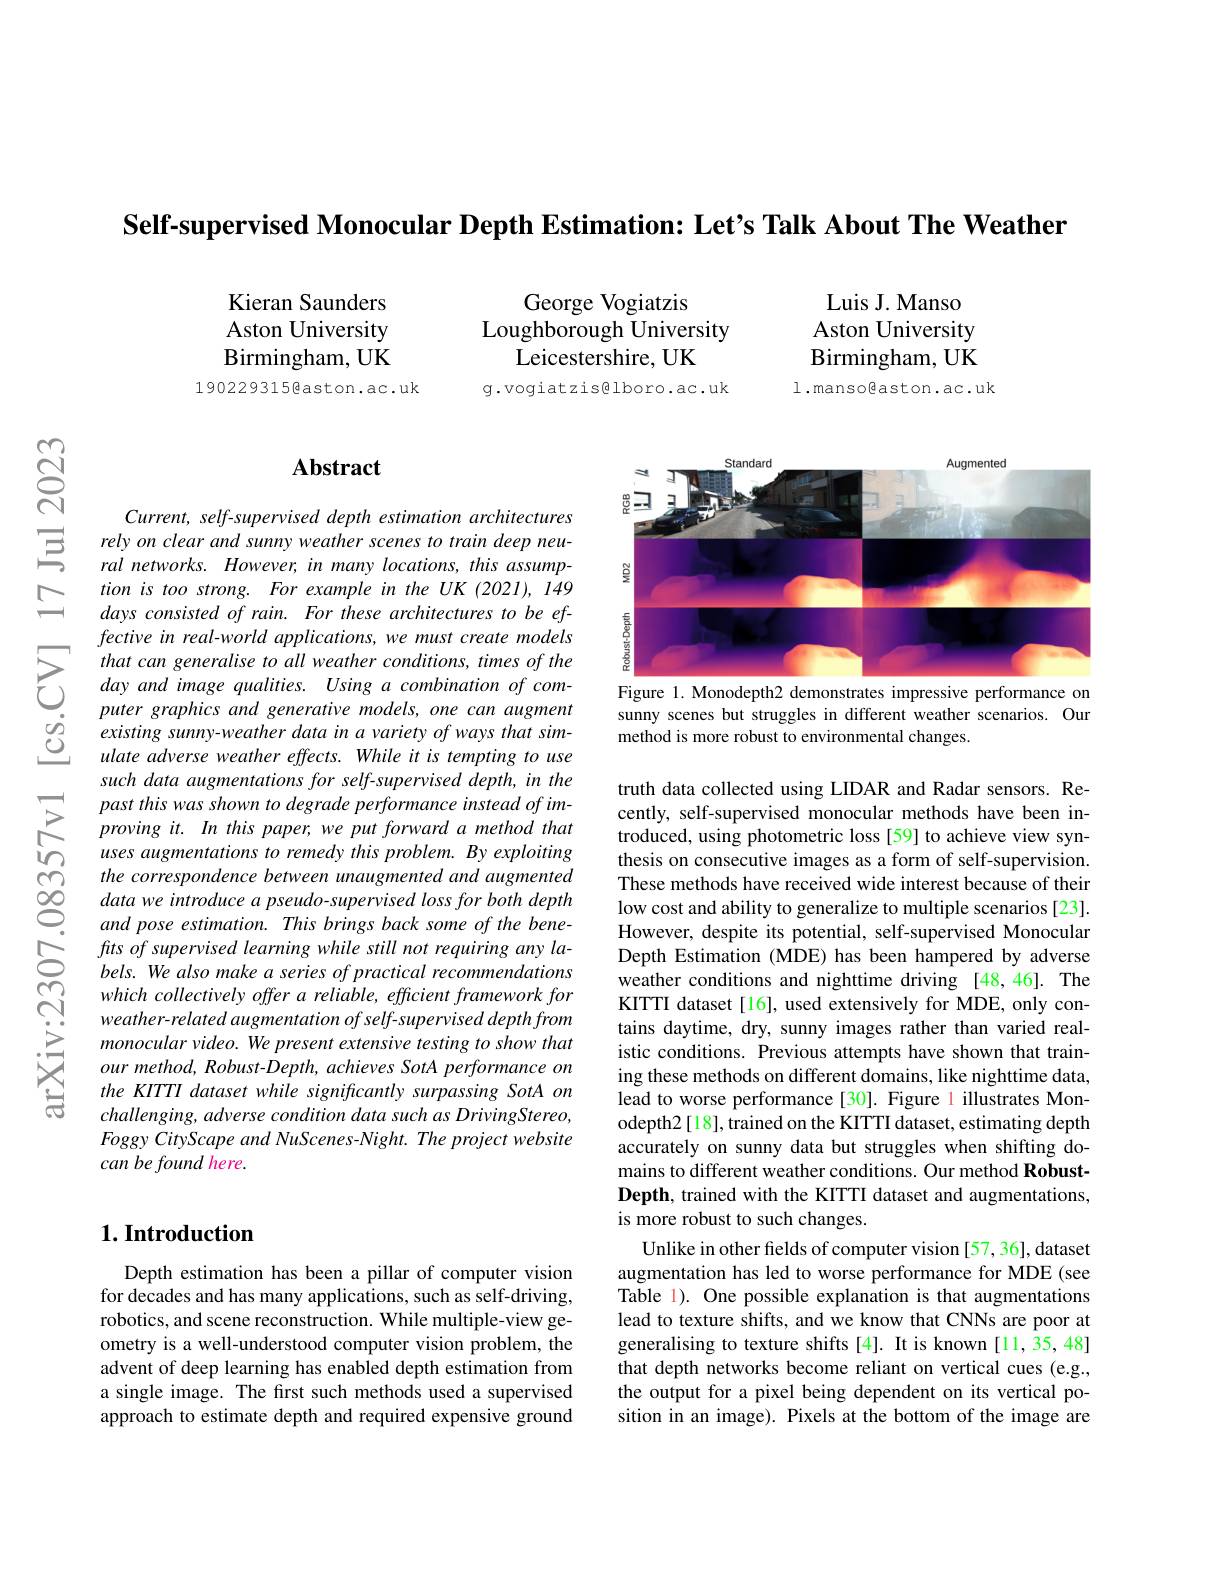
Self-supervised Monocular Depth Estimation: Let's Talk About The Weather

Luis J. Manso

Aston University

Kieran Saunders Aston University Birmingham, UK
190229315@aston.ac.uk

George Vogiatzis
Loughborough University
Leicestershire, UK
g.vogiatzis@lboro.ac.uk

Birmingham, UK

1.mansogaston.ac.uk

## Abstract

<FigureHere>
Figure 1. Monodepth2 demonstrates impressive performance on

sunny scenes but struggles in different weather scenarios. Our
method is more robust to environmental changes.

Current, self-supervised depth estimation architectures rely on clear and sunny weather scenes to train deep neural networks. However, in many locations, this assumption is too strong. For example in the UK (2021), 149 days consisted of rain. For these architectures to be effective in real-world applications, we must create models that can generalise to all weather conditions, times of the day and image qualities. Using a combination of computer graphics and generative models, one can augment existing sunny-weather data in a variety of ways that simulate adverse weather effects. While it is tempting to use such data augmentations for self-supervised depth, in the past this was shown to degrade performance instead of im- $provingit.In$ this paper, we put forward a method that uses augmentations to remedy this problem. By exploiting
fits of supervised learning while still not requiring any labels. We also make a series of practical recommendations which collectively offer a reliable, efficient framework for weather-related augmentation of self-supervised depth from monocular video. We present extensive testing to show that our method, Robust-Depth, achieves SotA performance on the KITTI dataset while significantly surpassing SotA on $challenging,adverse condition data such as DrivingStereo$, Foggy CityScape and NuScenes-Night. The project website can be found here.

truth data collected using LIDAR and Radar sensors. Recently, self-supervised monocular methods have been introduced, using photometric loss [59] to achieve view synthesis on consecutive images as a form of self-supervision. These methods have received wide interest because of their low cost and ability to generalize to multiple scenarios [23]. However, despite its potential, self-supervised Monocular Depth Estimation (MDE) has been hampered by adverse weather conditions and nighttime driving [48,46]. The KITTI dataset[16], used extensively for MDE, only contains daytime, dry, sunny images rather than varied realistic conditions. Previous attempts have shown that training these methods on different domains, like nighttime data, lead to worse performance [30]. Figure 1 illustrates Monodepth2[18], trained on the KITTI dataset, estimating depth accurately on sunny data but struggles when shifting domains to different weather conditions. Our method RobustDepth, trained with the KITTI dataset and augmentations, is more robust to such changes.
Unlike in other fields of computer vision[57,36], dataset augmentation has led to worse performance for MDE (see Table 1). One possible explanation is that augmentations lead to texture shifts, and we know that CNNs are poor at generalising to texture shifts[4]. It is known [11,35,48] that depth networks become reliant on vertical cues (e.g., the output for a pixel being dependent on its vertical position in an image). Pixels at the bottom of the image are

## $1. \textbf{Introduction}$

Depth estimation has been a pillar of computer vision for decades and has many applications, such as self-driving, robotics, and scene reconstruction. While multiple-view geometry is a well-understood computer vision problem, the advent of deep learning has enabled depth estimation from a single image. The first such methods used a supervised approach to estimate depth and required expensive ground